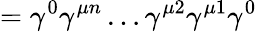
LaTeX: =\gamma^{0}\gamma^{\mu n}\dots\gamma^{\mu 2}\gamma^{\mu 1}\gamma^{0}